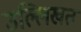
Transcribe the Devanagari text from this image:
उल्लिखत